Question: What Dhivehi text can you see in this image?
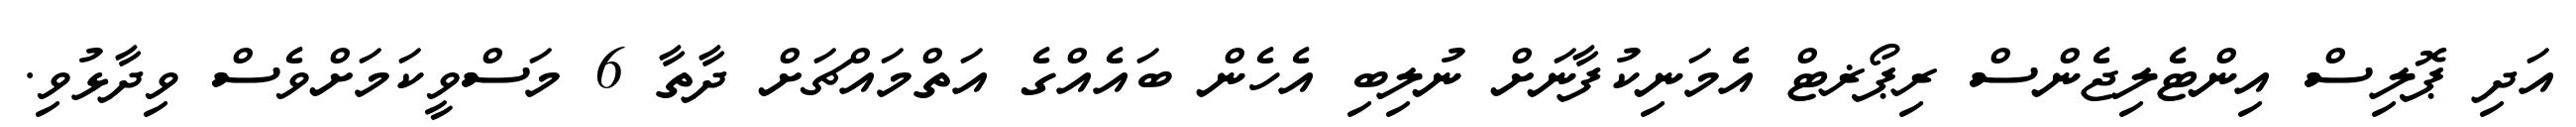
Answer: އަދި ޕޮލިސް އިންޓެލިޖެންސް ރިޕޯޜޓް އެމަނިކުފާނަށް ނުލިބި އެހެން ބައެއްގެ އަތްމައްޗަށް ދާތާ 6 މަސްވީކަމަށްވެސް ވިދާޅުވި.